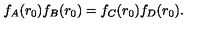
f _ { A } ( r _ { 0 } ) f _ { B } ( r _ { 0 } ) = f _ { C } ( r _ { 0 } ) f _ { D } ( r _ { 0 } ) .